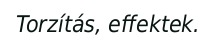
Torzítás, effektek.